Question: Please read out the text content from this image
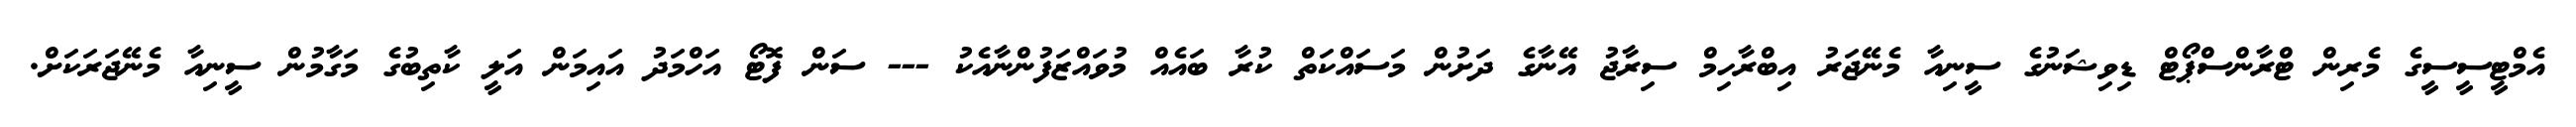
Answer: އެމްޓީސީސީގެ މެރިން ޓްރާންސްޕޯޓް ޑިވިޝަނުގެ ސީނިއާ މެނޭޖަރު އިބްރާހިމް ސިރާޖު އޭނާގެ ދަށުން މަސައްކަތް ކުރާ ބައެއް މުވައްޒަފުންނާއެކު --- ސަން ފޮޓޯ އަހްމަދު އައިމަން އަލީ ކާތިބުގެ މަގާމުން ސީނިއާ މެނޭޖަރަކަށް.